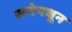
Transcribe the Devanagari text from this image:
सभेमधून